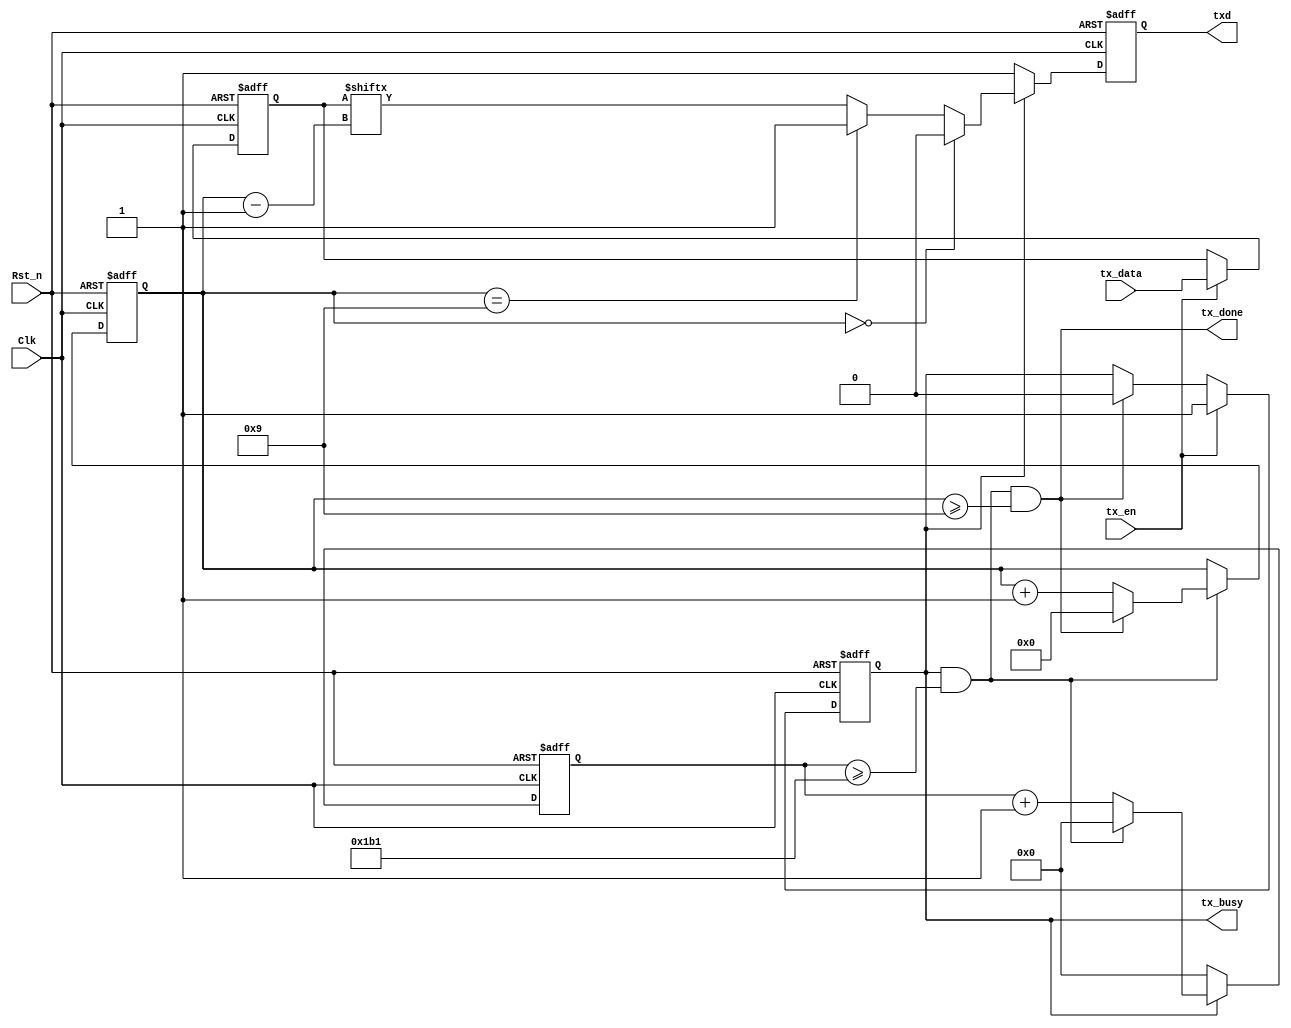
module uart_tx(
	input                       Clk     , //
	input                       Rst_n   , //
	
	input                       tx_en  	, //
	input              [07:00]  tx_data , //
	output    reg               txd  	, //uart  
	output             			tx_done ,  //
	output 						tx_busy   //
);
//Parameter Declarations
	

//Internal wire/reg declarations
	reg 					work_en 	;//
	reg      [07:00]        tmp_data 	; //

	reg          [12:00]    cnt_bps    ; //Counter  
	wire                    add_cnt_bps; //Counter Enable
	wire                    end_cnt_bps; //Counter Reset 
	
	reg          [03:00]    cnt_bit    ; //Counter 
	wire                    add_cnt_bit; //Counter Enable
	wire                    end_cnt_bit; //Counter Reset 

//Logic Description
	always @(posedge Clk or negedge Rst_n)begin 
		if(!Rst_n)begin
			work_en <= 1'b0;
		end  
		else if(tx_en)begin
			work_en <= 1'b1;
		end  
		else if(end_cnt_bit)begin
			work_en <= 1'b0;
		end
		else begin
			work_en <= work_en;
		end
	end //always end
	
	always @(posedge Clk or negedge Rst_n)begin 
		if(!Rst_n)begin
			tmp_data <= 8'd0;
		end  
		else if(tx_en)begin
			tmp_data <= tx_data;
		end  
		else begin
			tmp_data <= tmp_data;
		end
	end //always end

	always @(posedge Clk or negedge Rst_n)begin  
		if(!Rst_n)begin  
			cnt_bps <= 'd0; 
		end  
		else if(add_cnt_bps)begin  
			if(end_cnt_bps)begin  
				cnt_bps <= 'd0; 
			end  
			else begin  
				cnt_bps <= cnt_bps + 1'b1; 
			end  
		end  
		else begin  
			cnt_bps <= 'd0;
		end  
	end //always end
	
	assign add_cnt_bps = work_en; 
	assign end_cnt_bps = add_cnt_bps && cnt_bps >= 9'd434 - 9'd1; 
	
	always @(posedge Clk or negedge Rst_n)begin  
		if(!Rst_n)begin  
			cnt_bit <= 'd0; 
		end  
		else if(add_cnt_bit)begin  
			if(end_cnt_bit)begin  
				cnt_bit <= 'd0; 
			end  
			else begin  
				cnt_bit <= cnt_bit + 1'b1; 
			end  
		end  
		else begin  
			cnt_bit <= cnt_bit;  
		end  
	end //always end
	
	assign add_cnt_bit = end_cnt_bps; 
	assign end_cnt_bit = add_cnt_bit && cnt_bit >= 10 - 1;

/* ================================================  *\
	
\* ================================================  */
	always @(posedge Clk or negedge Rst_n)begin 
		if(!Rst_n)begin
			txd <= 1'b1;
		end  
		else if(work_en)begin
			if(cnt_bit == 4'd0)begin
				txd <= 1'b0;
			end
			else if(cnt_bit == 4'd9)begin
				txd <= 1'b1;
			end
			else begin
				txd <= tmp_data[cnt_bit-1]; 
			end
		end  
		else begin //
			txd <= 1'b1;
		end
	end //always end
	
	assign tx_done = end_cnt_bit;
	assign tx_busy = work_en    ;

endmodule